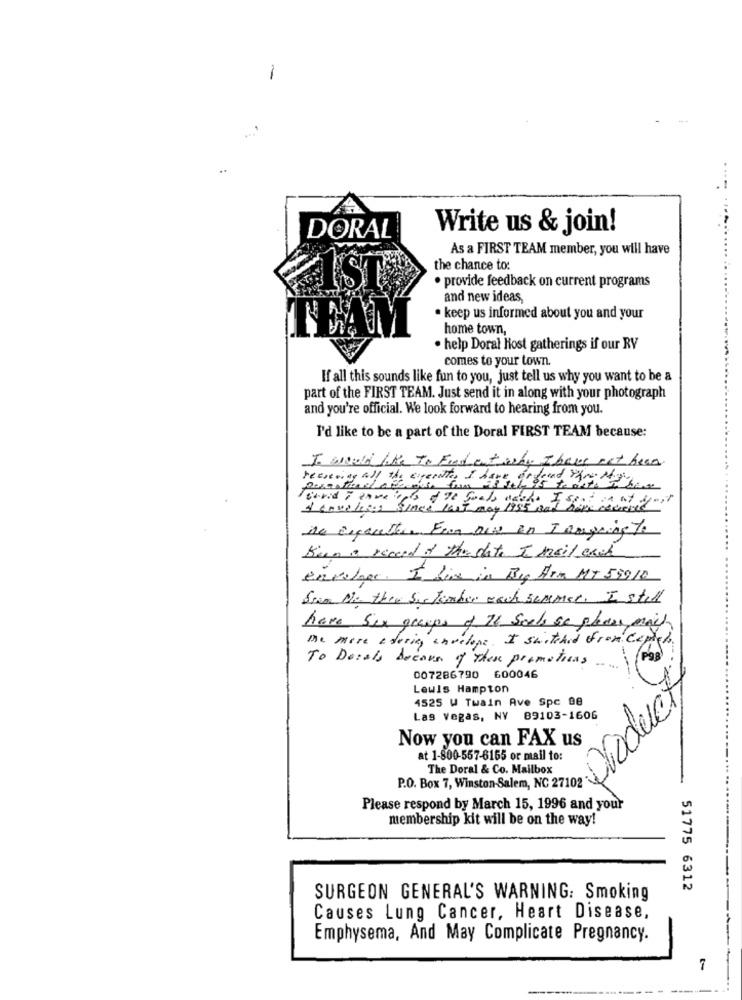
DORAL
Write us & join!
As a FIRST TEAM member, you will have
the chance to:
· provide feedback on current programs
and new ideas,
· keep us informed about you and your
home town,
· help Doral Host gatherings if our RV
comes to your town.
If all this sounds like fun to you, just tell us why you want to be a
part of the FIRST TEAM. Just send it in along with your photograph
and you're official. We look forward to hearing from you.
I'd like to be a part of the Doral FIRST TEAM because:
I would like To Find out why I have not been
reevening all the expectto, I have ordered the ted hes
Forvid i envelopes of To Goals welche I seat in at gjort
& covelies since last may
ne Esaletters From Des on I Regning to
Kino a record of the slate I mail each
envelope. I live in Big Fra MT 59910
Som No they Sis tomber wach summer. I stil
have Sex gramps of 28 Souls se plass mail
Me more ederin, envelope. I switched from Capich.
Pas
To Dosals because of these promotions ....
007286790 600046
Lewis Hampton
product
4525 W Twain Ave Spc 98
Las Vegas, NV 89103-1606
Now you can FAX us
at 1-800-557-6165 or mail to:
The Doral & Co. Mailbox
P.O. Box 7, Winston-Salem, NC 27102
Please respond by March 15, 1996 and your
membership kit will be on the way!
51775 6312
SURGEON GENERAL'S WARNING: Smoking
Causes Lung Cancer, Heart Disease,
Emphysema, And May Complicate Pregnancy.
7